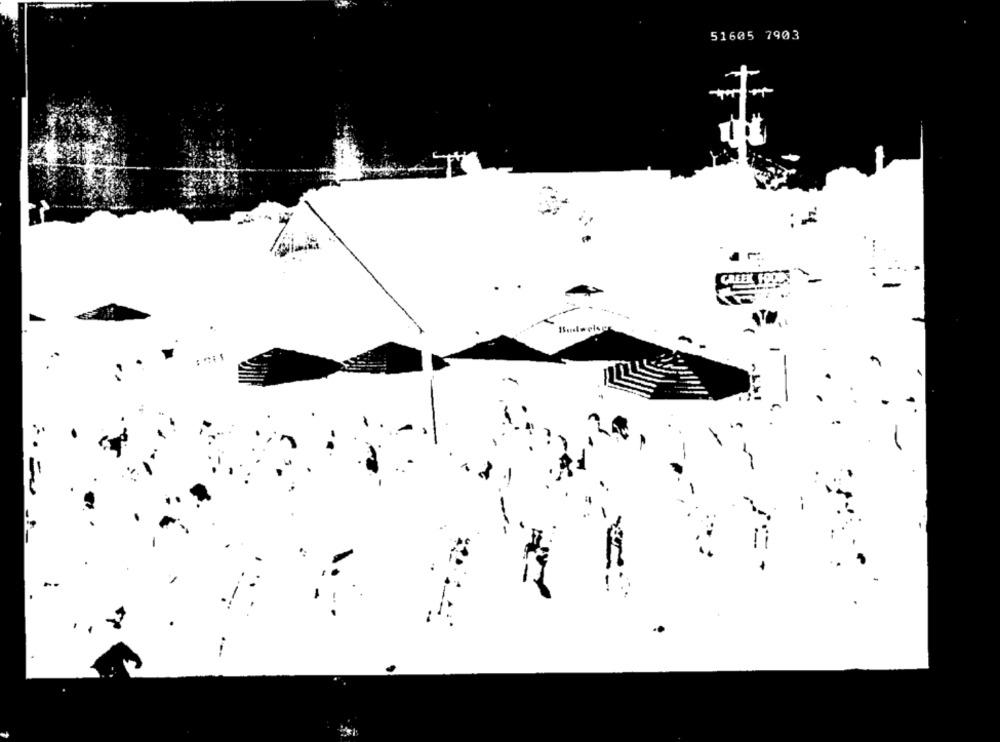
51605 7903
: 5